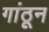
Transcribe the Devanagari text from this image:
गांठून